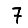
Digit: 7